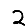
Digit: 2